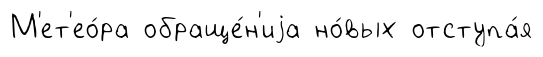
М'ет'ео́ра обраще́н'иjа но́вых отступа́я